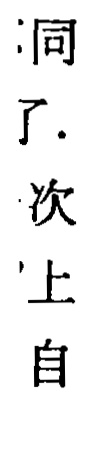
洞了.次上自